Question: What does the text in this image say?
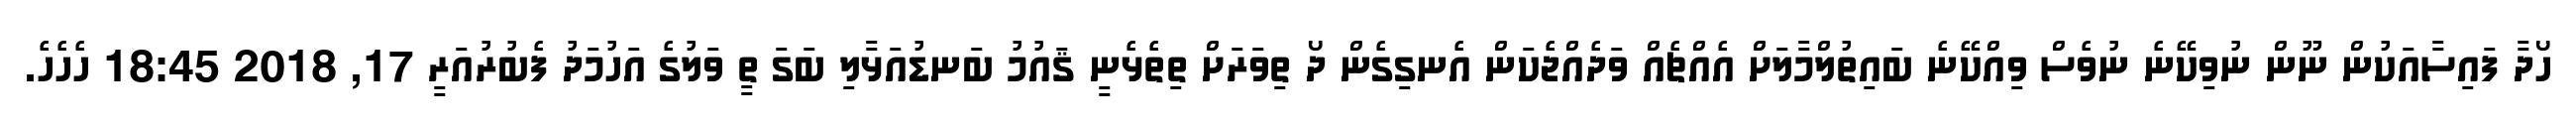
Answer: ހޯދާ ފައިސާއަކުން ނޫން ނުވިކޭނެ ނުވެސް ވިއްކޭނެ ބައިތުލްމާލަށް އެއްޗެއް ވަދެއްޖެކަން އެނގިގެން ދޯ ތިވަރަށް ތިތެޅެނީ ޤައުމު ބަނޑުއަޅާލި ބަގަ ތީ ވަލުގެ އަހުމަދު ފެބުރުއަރީ 17, 2018 18:45 ހެހެހެ.